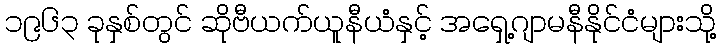
၁၉၆၃ ခုနှစ်တွင် ဆိုဗီယက်ယူနီယံနှင့် အရှေ့ဂျာမနီနိုင်ငံများသို့